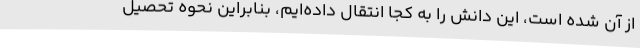
از آن شده است، این دانش را به کجا انتقال داده‌ایم، بنابراین نحوه تحصیل